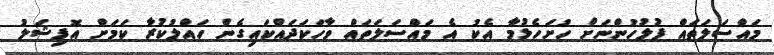
މައްސަލަތައް ފުލުހުންނަށް ހުށަހެޅުމާ އެކު އެ މައްސަލަތައް ވާހަކަދައްކައިގެން ހައްލުކުރާ ކަމަށް އޮފިޝަލު